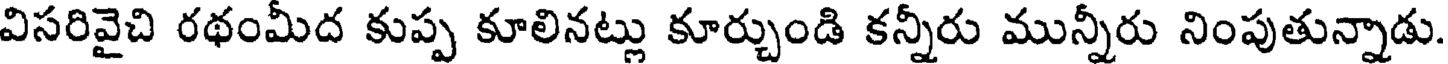
విసరివైచి రథంమీద కుప్ప కూలినట్లు కూర్చుండి కన్నీరు మున్నీరు నింపుతున్నాడు